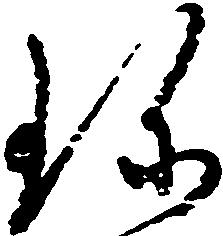
珍